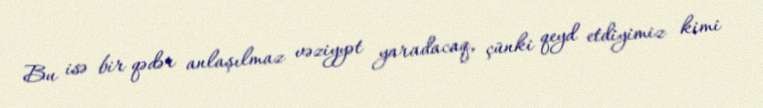
Bu isə bir qədər anlaşılmaz vəziyyət yaradacaq, çünki qeyd etdiyimiz kimi